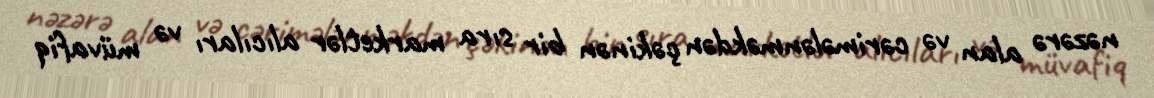
nəzərə alan və cərimələnməkdən çəkinən bir sıra marketlər alıcıları və müvafiq